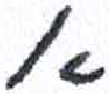
אות: א